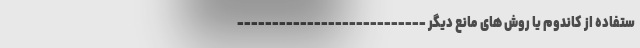
ستفاده از کاندوم یا روش های مانع دیگر ---------------------------